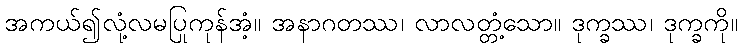
အကယ်၍လုံ့လမပြုကုန်အံ့။ အနာဂတဿ၊ လာလတ္တံ့သော။ ဒုက္ခဿ၊ ဒုက္ခကို။